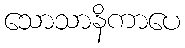
သောသာနိကာပေ